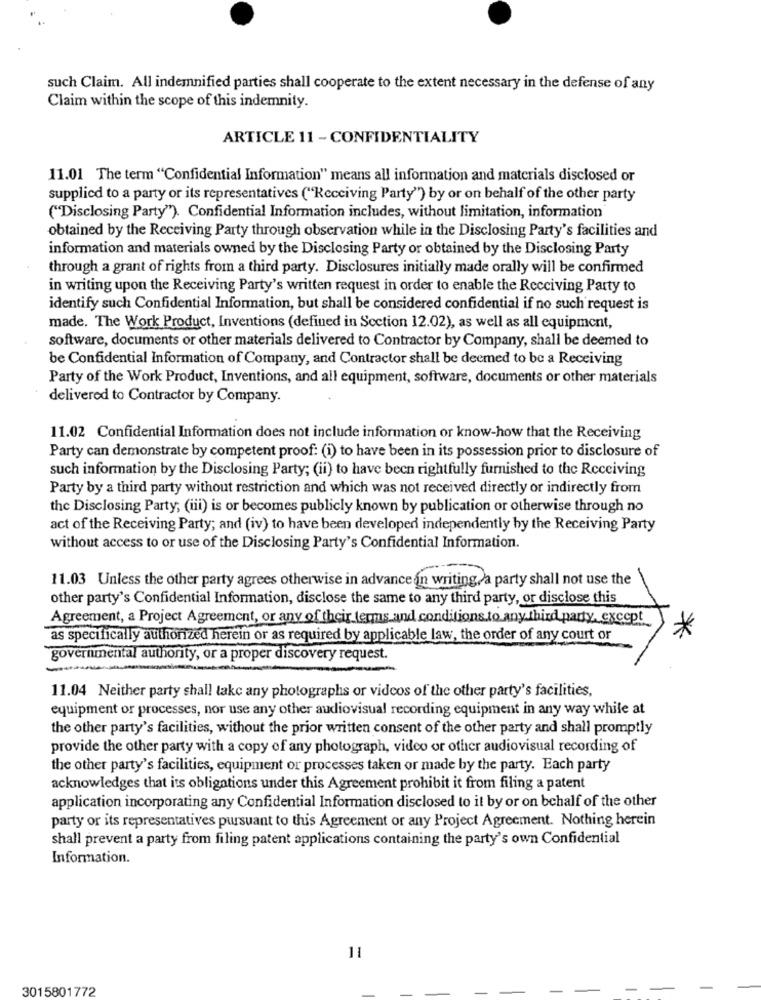
such Claim. All indemnified parties shall cooperate to the extent necessary in the defense of any
Claim within the scope of this indemnity.
ARTICLE 11 - CONFIDENTIALITY
11.01 The term "Confidential Information" means all information and materials disclosed or
supplied to a party or its representatives ("Receiving Party") by or on behalf of the other party
("Disclosing Party"). Confidential Information includes, without limitation, information
obtained by the Receiving Party through observation while in the Disclosing Party's facilities and
information and materials owned by the Disclosing Party or obtained by the Disclosing Party
through a grant of rights from a third party. Disclosures initially made orally will be confirmed
in writing upon the Receiving Party's written request in order to enable the Receiving Party to
identify such Confidential Information, but shall be considered confidential if no such request is
made. The Work Product, Inventions (defined in Section 12.02), as well as all equipment,
software, documents or other materials delivered to Contractor by Company, shall be deemed to
be Confidential Information of Company, and Contractor shall be deemed to be a Receiving
Party of the Work Product, Inventions, and all equipment, software, documents or other materials
delivered to Contractor by Company.
11.02 Confidential Information does not include information or know-how that the Receiving
Party can demonstrate by competent proof: (i) to have been in its possession prior to disclosure of
such information by the Disclosing Party; (ii) to have been rightfully furnished to the Receiving
Party by a third party without restriction and which was not received directly or indirectly from
the Disclosing Party; (iii) is or becomes publicly known by publication or otherwise through no
act of the Receiving Party; and (iv) to have been developed independently by the Receiving Party
without access to or use of the Disclosing Party's Confidential Information.
11.03 Unless the other party agrees otherwise in advanceon writing a party shall not use the
other party's Confidential Information, disclose the same to any third party, or disclose this
Agreement, a Project Agreement, or any of their terms and conditions to any third party, except
*
as specifically authorized herein or as required by applicable law, the order of any court or
governmental authority, or a proper discovery request.
-
11.04 Neither party shall take any photographs or videos of the other party's facilities,
equipment or processes, nor use any other audiovisual recording equipment in any way while at
the other party's facilities, without the prior written consent of the other party and shall promptly
provide the other party with a copy of any photograph, video or other audiovisual recording of
the other party's facilities, equipment or processes taken or made by the party. Each party
acknowledges that its obligations under this Agreement prohibit it from filing a patent
application incorporating any Confidential Information disclosed to it by or on behalf of the other
party or its representatives pursuant to this Agreement or any Project Agreement. Nothing herein
shall prevent a party from filing patent applications containing the party's own Confidential
Information.
11
3015801772